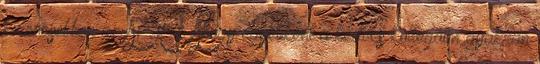
különösebben az AOR-t. Ahogy egyébként a kedves kollégáim gyakran